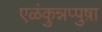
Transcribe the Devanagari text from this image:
एळंकुन्नप्पुष़ा